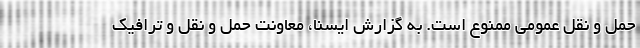
حمل و نقل عمومی ممنوع است. به گزارش ایسنا، معاونت حمل و نقل و ترافیک